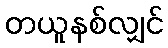
တယူနစ်လျှင်